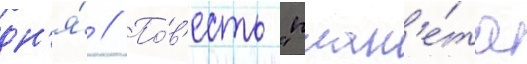
дн'я́ // По́в'есть "план'е́та